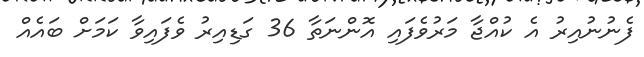
ފެނުނުއިރު އެ ކުއްޖާ މަރުވެފައި އޮންނަތާ 36 ގަޑިއިރު ވެފައިވާ ކަމަށް ބައެއް